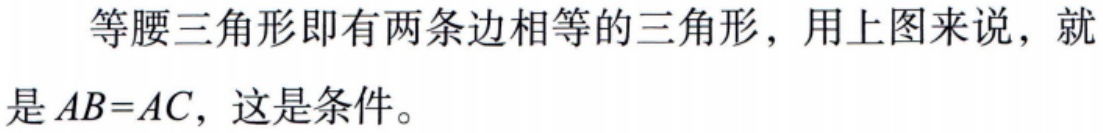
等腰三角形即有两条边相等的三角形，用上图来说，就是\(AB = AC\)，这是条件。